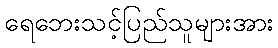
ရေဘေးသင့်ပြည်သူများအား